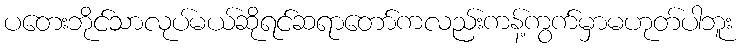
ပတေးဘိုင်သာလုပ်မယ်ဆိုရင်ဆရာတော်ကလည်းကန့်ကွက်မှာမဟုတ်ပါဘူး